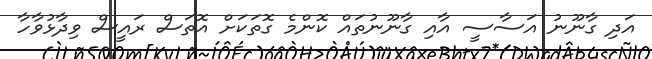
އަދި ގާނޫނު އަސާސީ އާއި ގާނޫނުތައް ކޮންމެ ގޮތަކަށް އޮތަސް ރައީސް ވިދާޅުވާހާ